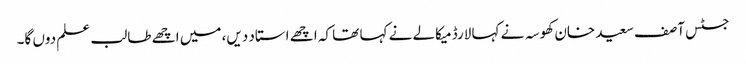
جسٹس آصف سعید خان کھوسہ نے کہا لارڈ میکالے نے کہا تھا کہ اچھے استاد دیں، میں اچھے طالب علم دوں گا۔